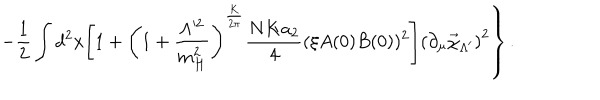
\left. - \frac 1 2 \int d ^ { 2 } x \Biggl [ 1 + \left( 1 + \frac { \Lambda ^ { 2 } } { m _ { H } ^ { 2 } } \right) ^ { \frac { K } { 2 \pi } } \frac { N K a _ { 2 } } { 4 } ( \xi A ( 0 ) B ( 0 ) ) ^ { 2 } \Biggr ] \left( \partial _ { \mu } \vec { \chi } _ { \Lambda ^ { \prime } } \right) ^ { 2 } \right\} .